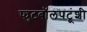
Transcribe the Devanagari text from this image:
फुटबॉलपटूंशी